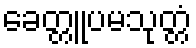
ခေတ္တူပမသုတ္တံ